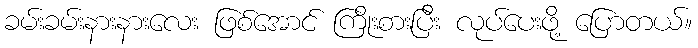
ခမ်းခမ်းနားနားလေး ဖြစ်အောင် ကြိုးစားပြီး လုပ်ပေးဖို့ ပြောတယ်။